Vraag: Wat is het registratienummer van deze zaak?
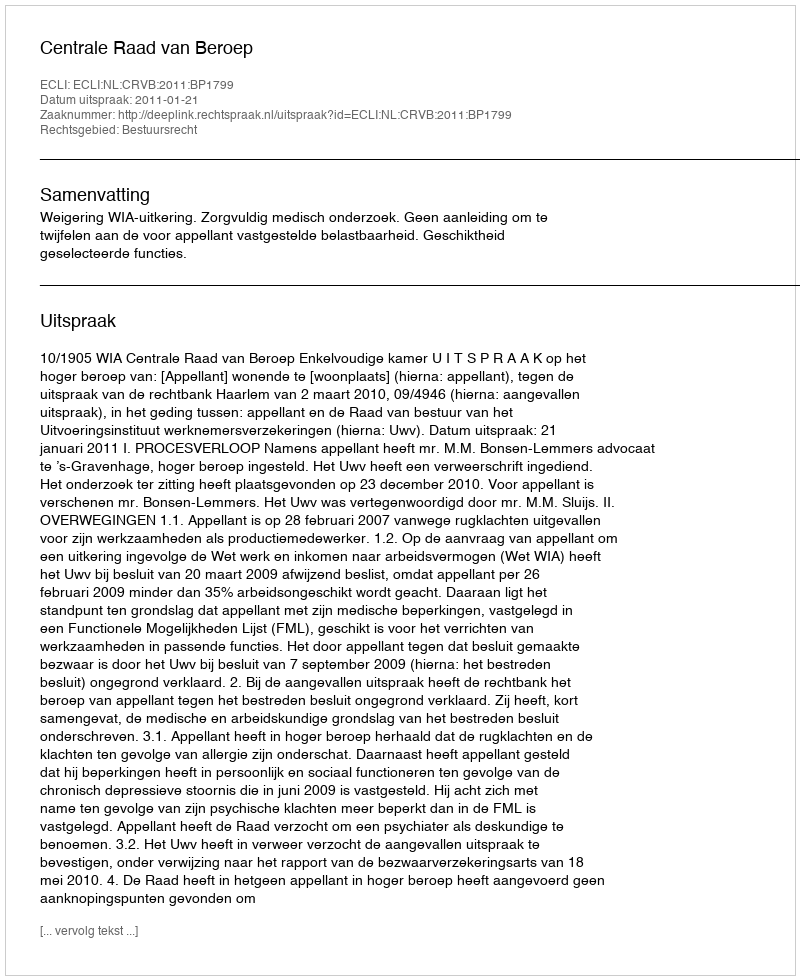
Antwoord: http://deeplink.rechtspraak.nl/uitspraak?id=ECLI:NL:CRVB:2011:BP1799